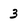
Character: 3